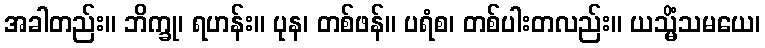
အခါတည်း။ ဘိက္ခု၊ ရဟန်း။ ပုန၊ တစ်ဖန်။ ပရံစ၊ တစ်ပါးတလည်း။ ယသ္မိံသမယေ၊